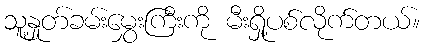
သူ့နှုတ်ခမ်းမွှေးကြီးကို မီးရှို့ပစ်လိုက်တယ်။